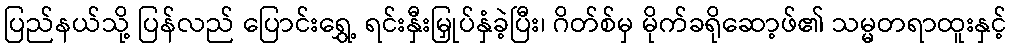
ပြည်နယ်သို့ ပြန်လည် ပြောင်းရွှေ့ ရင်းနှီးမြှုပ်နှံခဲ့ပြီး၊ ဂိတ်စ်မှ မိုက်ခရိုဆော့ဖ်၏ သမ္မတရာထူးနှင့်